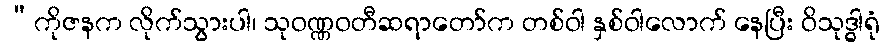
“ကိုဇနက လိုက်သွားပါ၊ သုဝဏ္ဏဝတီဆရာတော်က တစ်ဝါ နှစ်ဝါလောက် နေပြီး ဝိသုဒ္ဓါရုံ